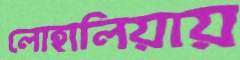
লোহালিয়ায়